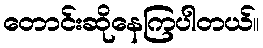
တောင်းဆိုနေကြပါတယ်။